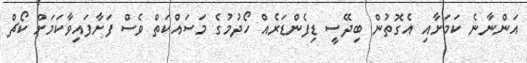
އަންނާނެ ކަމަށާއި އެގޮތުން ބިދޭސީ ޑިފެންޑަރެއް ހޯދުމުގެ މަސައްކަތް ވެސް ފަށާފައިވާކަމަށް ކޯޗް